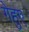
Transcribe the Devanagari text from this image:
गेहुए